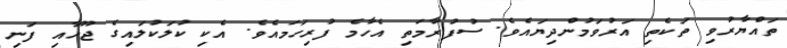
ތައްޔާރުވި ތަކެތި އަރުވަމުންދިޔައެވެ. ސުފުރާމަތި އެހާމެ ފުރިހަމައެވެ. އެކި ކުލަކުލައިގެ ޖޫހާއި ފަނި